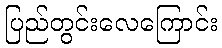
ပြည်တွင်းလေကြောင်း